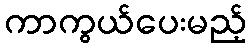
ကာကွယ်ပေးမည့်